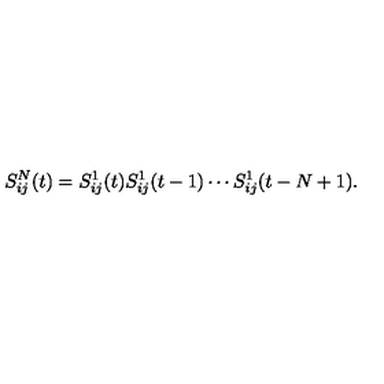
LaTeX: S _ { i j } ^ { N } ( t ) = S _ { i j } ^ { 1 } ( t ) S _ { i j } ^ { 1 } ( t - 1 ) \cdots S _ { i j } ^ { 1 } ( t - N + 1 ) .